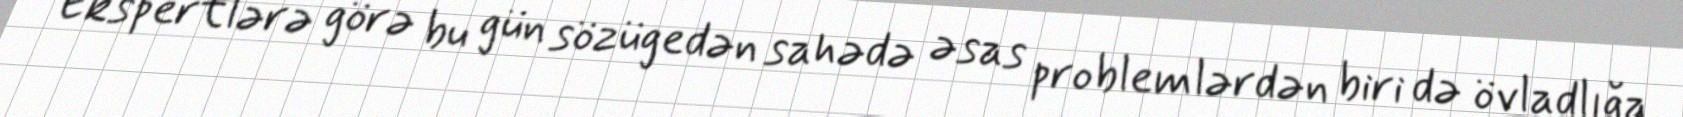
Ekspertlərə görə bu gün sözügedən sahədə əsas problemlərdən biri də övladlığa